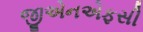
જીએનએફસી